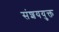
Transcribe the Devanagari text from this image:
संशययुक्त